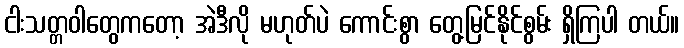
ငါးသတ္တဝါတွေကတော့ အဲဒီလို မဟုတ်ပဲ ကောင်းစွာ တွေ့မြင်နိုင်စွမ်း ရှိကြပါ တယ်။